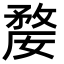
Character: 𭤇